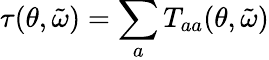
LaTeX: \tau(\theta,\tilde{\omega})=\sum_{a}T_{aa}(\theta,\tilde{\omega})